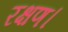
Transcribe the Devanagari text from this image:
रक्षण।